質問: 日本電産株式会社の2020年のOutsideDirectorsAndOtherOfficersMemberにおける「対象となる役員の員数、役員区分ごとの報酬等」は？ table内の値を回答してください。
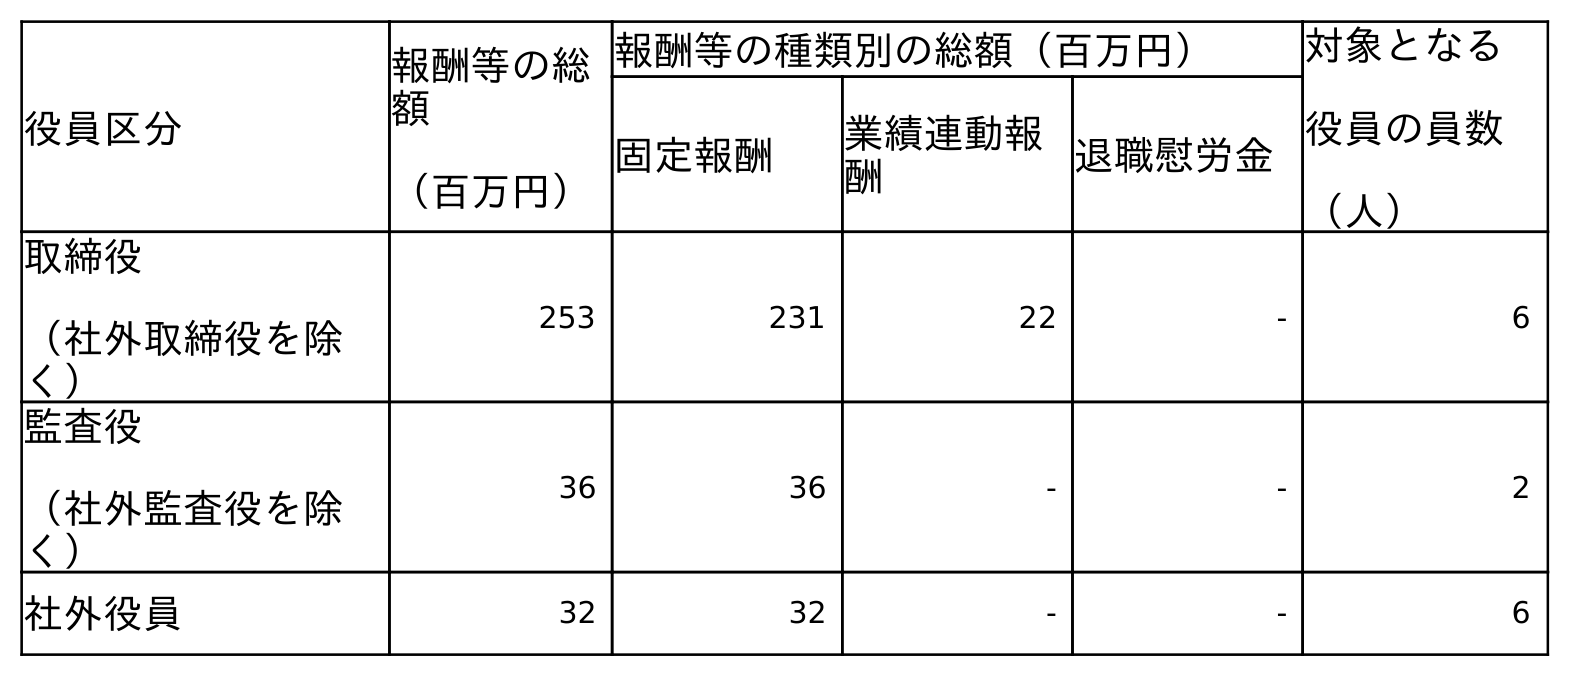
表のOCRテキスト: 役員区分 報酬等の総 額 （百万円） 報酬等の種類別の総額（百万円） 対象となる 役員の員数 （人） 固定報酬 業績連動報 酬 退職慰労金 取締役 （社外取締役を除 く） 253 231 22 - 6 監査役 （社外監査役を除 く） 36 36 - - 2 社外役員 32 32 - - 6
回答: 6